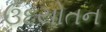
ઉદયોતન